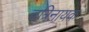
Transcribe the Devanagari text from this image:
चत्रिनायक